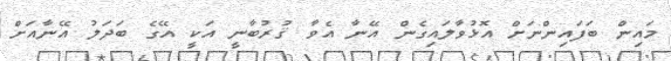
މައިން ބަފައިންނަށް އޮޅުވާލައިގެން އޭނާ އެވާ ޤުރުބާނީ އަކީ އޭގެ ބަދަލު އޭނާއަށް